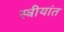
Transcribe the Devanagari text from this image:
स्त्रीयांत